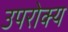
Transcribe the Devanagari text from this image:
उपरोक्य